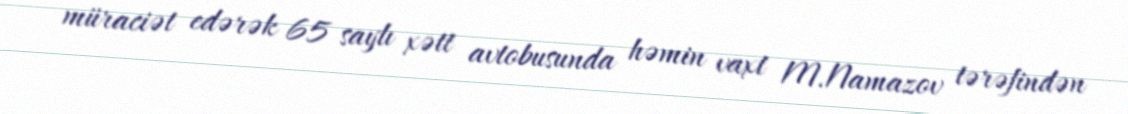
müraciət edərək 65 saylı xətt avtobusunda həmin vaxt M.Namazov tərəfindən